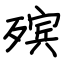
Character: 殡